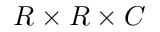
R \times R \times C